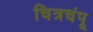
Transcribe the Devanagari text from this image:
चित्रचंपू